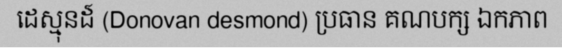
ដេស្មុនដ៍ (Donovan desmond) ប្រធាន គណបក្ស ឯកភាព